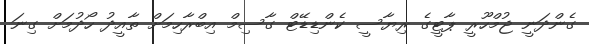
ގެންދަނީ ޖުމްހޫރީ ޕާޓީގެ ރިޔާސީ ކެންޑިޑޭޓް ގާސިމް އިބްރާހިމަށް ތާއީދު ހޯދުމަށް ގިނަ